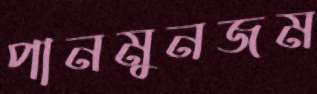
পানমুনজম